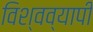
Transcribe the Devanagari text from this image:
विश्‍वव्‍यापी